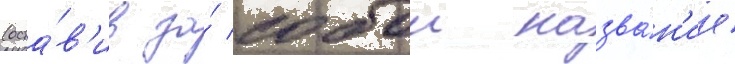
(оста́в'ив за́ собои назва́н'ие